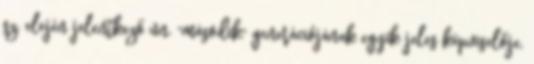
sz. elején jelentkező ún. "második" generációjának egyik jeles képviselője.